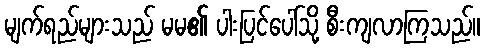
မျက်ရည်များသည် မမ၏ ပါးပြင်ပေါ်သို့ စီးကျလာကြသည်။